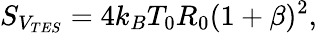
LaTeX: S_{V_{TES}}=4k_{B}T_{0}R_{0}(1+\beta)^{2},